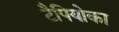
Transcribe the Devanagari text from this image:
टैपियोका